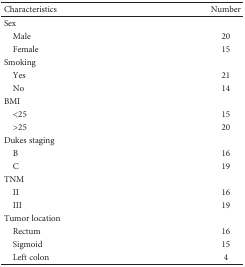
| Characteristics | Number |
 | --- | --- |
 | Sex |  |
 | Male | 20 |
 | Female | 15 |
 | Smoking |  |
 | Yes | 21 |
 | No | 14 |
 | BMI |  |
 | <25 | 15 |
 | >25 | 20 |
 | Dukes staging |  |
 | B | 16 |
 | C | 19 |
 | TNM |  |
 | II | 16 |
 | III | 19 |
 | Tumor location |  |
 | Rectum | 16 |
 | Sigmoid | 15 |
 | Left colon | 4 |